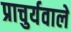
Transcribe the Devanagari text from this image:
प्राचुर्यवाले